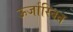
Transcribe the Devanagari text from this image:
ऊर्जास्वित